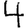
Digit: 4